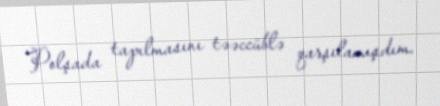
Polşada tapılmasını təəccüblə qarşılamışdım.